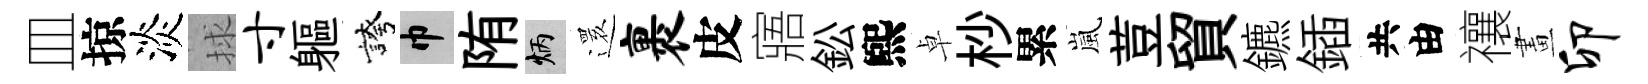
皿掠淡捄寸軀誇巾陏炳𮟃裹皮寤鈆煕卓杪累嵐荳貿鑣鍤共由禳畫卯